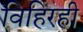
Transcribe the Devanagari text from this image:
विहिरही